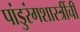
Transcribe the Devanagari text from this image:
पांडुरंगशास्त्रींची